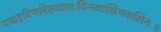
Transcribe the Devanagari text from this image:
पञ्चद्रविणविख्याताःविन्ध्यदक्षिणवासिनः॥